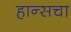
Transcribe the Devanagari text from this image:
हान्सचा